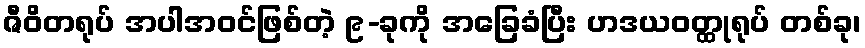
ဇီဝိတရုပ် အပါအဝင်ဖြစ်တဲ့ ၉-ခုကို အခြေခံပြီး ဟဒယဝတ္ထုရုပ် တစ်ခု၊